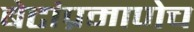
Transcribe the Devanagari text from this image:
बेटांप्रमाणेच